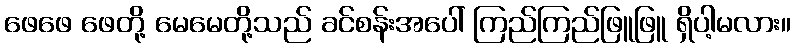
ဖေဖေ ဖေတို့ မေမေတို့သည် ခင်စန်းအပေါ် ကြည်ကြည်ဖြူဖြူ ရှိပါ့မလား။